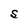
Character: S